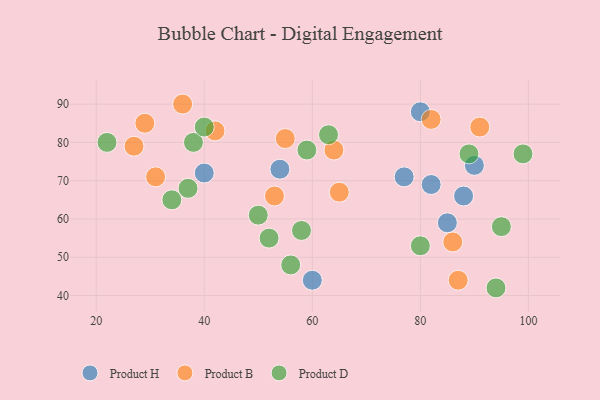
{"axis": {"x": "GDP", "y": "Life Expectancy"}, "legend": ["Product B", "Product D", "Product H"], "data": [{"x": "82", "y": 69, "type": "Product H"}, {"x": "88", "y": 66, "type": "Product H"}, {"x": "80", "y": 88, "type": "Product H"}, {"x": "90", "y": 74, "type": "Product H"}, {"x": "60", "y": 44, "type": "Product H"}, {"x": "54", "y": 73, "type": "Product H"}, {"x": "85", "y": 59, "type": "Product H"}, {"x": "40", "y": 72, "type": "Product H"}, {"x": "77", "y": 71, "type": "Product H"}, {"x": "65", "y": 67, "type": "Product B"}, {"x": "29", "y": 85, "type": "Product B"}, {"x": "55", "y": 81, "type": "Product B"}, {"x": "36", "y": 90, "type": "Product B"}, {"x": "82", "y": 86, "type": "Product B"}, {"x": "64", "y": 78, "type": "Product B"}, {"x": "27", "y": 79, "type": "Product B"}, {"x": "53", "y": 66, "type": "Product B"}, {"x": "86", "y": 54, "type": "Product B"}, {"x": "42", "y": 83, "type": "Product B"}, {"x": "87", "y": 44, "type": "Product B"}, {"x": "91", "y": 84, "type": "Product B"}, {"x": "31", "y": 71, "type": "Product B"}, {"x": "50", "y": 61, "type": "Product D"}, {"x": "59", "y": 78, "type": "Product D"}, {"x": "58", "y": 57, "type": "Product D"}, {"x": "94", "y": 42, "type": "Product D"}, {"x": "38", "y": 80, "type": "Product D"}, {"x": "99", "y": 77, "type": "Product D"}, {"x": "22", "y": 80, "type": "Product D"}, {"x": "56", "y": 48, "type": "Product D"}, {"x": "34", "y": 65, "type": "Product D"}, {"x": "37", "y": 68, "type": "Product D"}, {"x": "80", "y": 53, "type": "Product D"}, {"x": "63", "y": 82, "type": "Product D"}, {"x": "89", "y": 77, "type": "Product D"}, {"x": "95", "y": 58, "type": "Product D"}, {"x": "40", "y": 84, "type": "Product D"}, {"x": "52", "y": 55, "type": "Product D"}]}